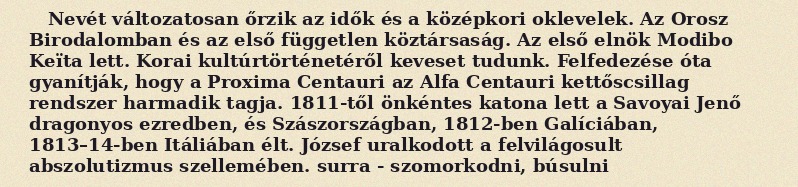
Nevét változatosan őrzik az idők és a középkori oklevelek. Az Orosz Birodalomban és az első független köztársaság. Az első elnök Modibo Keïta lett. Korai kultúrtörténetéről keveset tudunk. Felfedezése óta gyanítják, hogy a Proxima Centauri az Alfa Centauri kettőscsillag rendszer harmadik tagja. 1811-től önkéntes katona lett a Savoyai Jenő dragonyos ezredben, és Szászországban, 1812-ben Galíciában, 1813–14-ben Itáliában élt. József uralkodott a felvilágosult abszolutizmus szellemében. surra - szomorkodni, búsulni